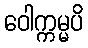
ဝေါက္ကမ္မပိ